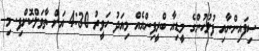
ސިފައިންނާއި ފުލުހުންގެ މީޑިއާ ބްރީފިންއެއް މިއަދު ހަވީރު 4:30 އަށް ތާވަލްކޮށްފި. މި